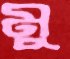
মু